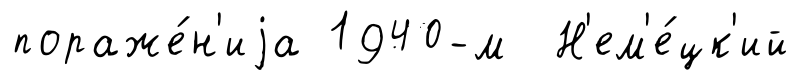
пораже́н'иjа 1940-м Н'ем'е́цк'ий